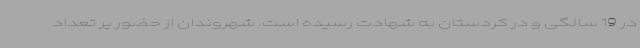
در 19 سالگی و در کردستان به شهادت رسیده است. شهروندان از حضور پر تعداد